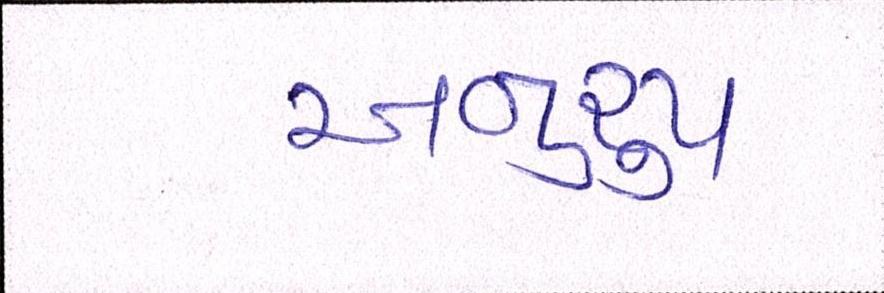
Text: અનુરૃપ